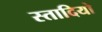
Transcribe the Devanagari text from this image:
स्तादियो